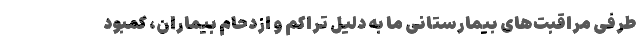
طرفی مراقبت‌های بیمارستانی ما به دلیل تراکم و ازدحام بیماران، کمبود